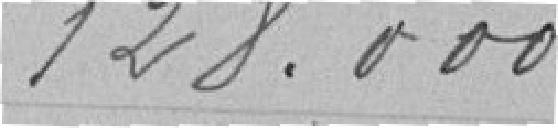
128.000